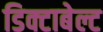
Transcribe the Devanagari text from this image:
डिक्टाबेल्ट